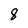
Character: 8